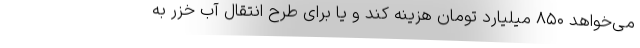
می‌خواهد ۸۵۰ میلیارد تومان هزینه کند و یا برای طرح انتقال آب خزر به